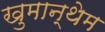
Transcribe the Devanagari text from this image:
खुमान्थेम